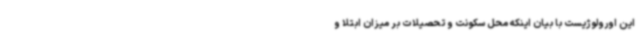
این اورولوژیست با بیان اینکه محل سکونت و تحصیلات بر میزان ابتلا و